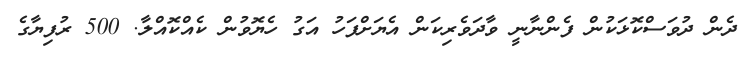
ދެން ދުވަސްކޮޅަކުން ފެންނާނީ ވާދަވެރިކަން އެޔަށްފަހު އަގު ހެޔޮވުން ކެއްކޮއްލާ. 500 ރުފިޔާގެ